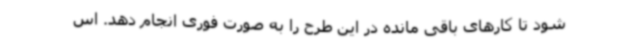
شود تا کارهای باقی مانده در این طرح را به صورت فوری انجام دهد. اس